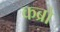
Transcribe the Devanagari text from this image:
कब्रो